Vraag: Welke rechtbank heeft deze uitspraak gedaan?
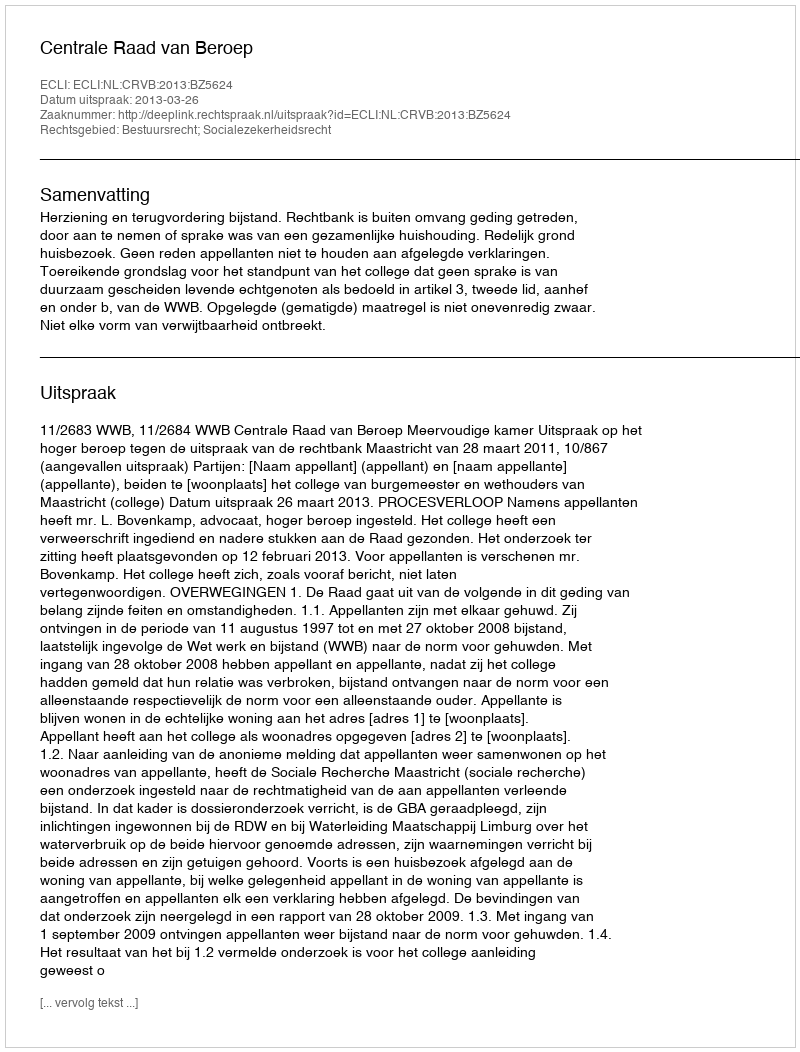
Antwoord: Centrale Raad van Beroep